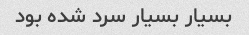
بسیار بسیار سرد شده بود